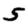
Digit: 5